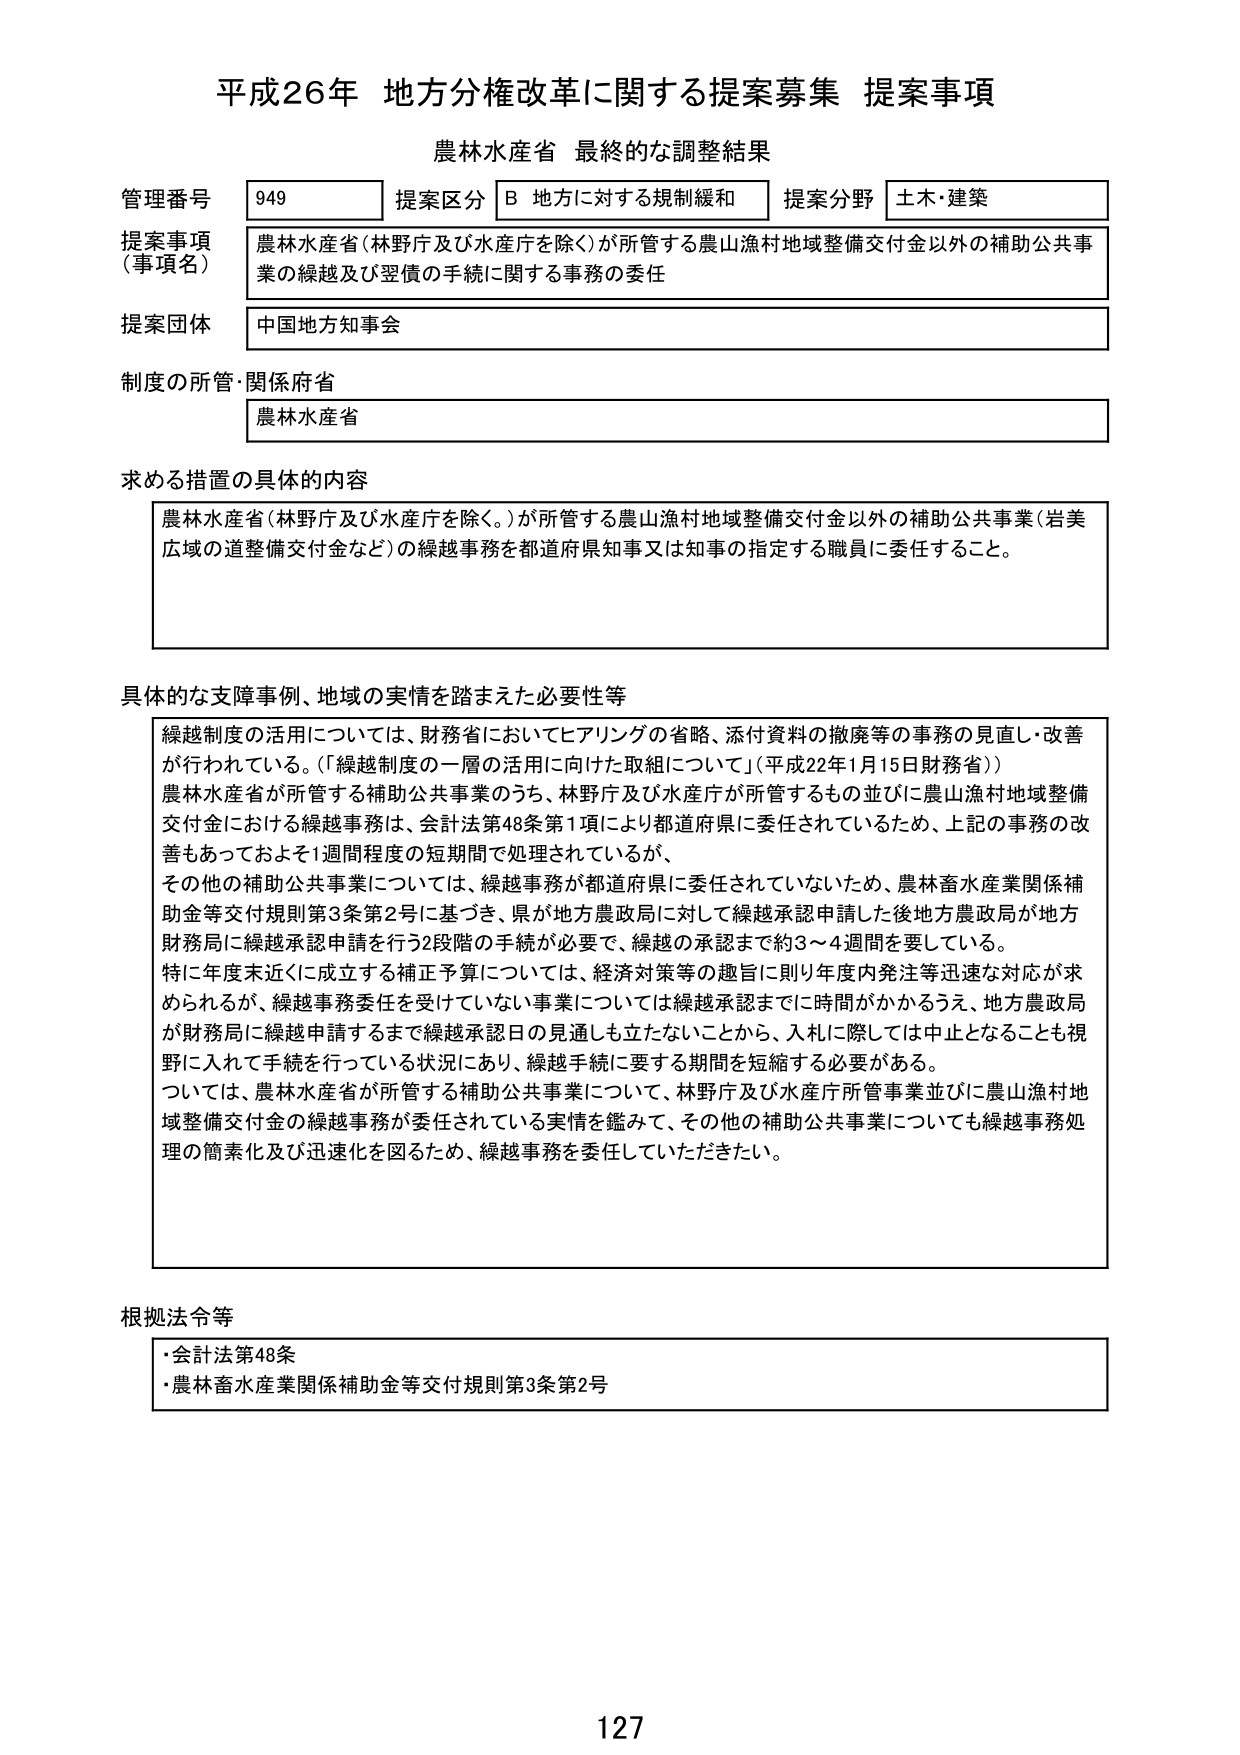
平成26年 地方分権改革に関する提案募集 提案事項
農林水産省 最終的な調整結果

管理番号 949
提案区分 B 地方に対する規制緩和
提案分野 土木・建築

提案事項（事項名）
農林水産省（林野庁及び水産庁を除く）が所管する農山漁村地域整備交付金以外の補助公共事業の縦越及び翌債の手続に関する事務の委任

提案団体
中国地方知事会

制度の所管・関係府省
農林水産省

求める措置の具体的内容
農林水産省（林野庁及び水産庁を除く。）が所管する農山漁村地域整備交付金以外の補助公共事業（岩美広域の道整備交付金など）の縦越事務を都道府県知事又は知事の指定する職員に委任すること。

具体的な支障事例、地域の実情を踏まえた必要性等
縦越制度の活用については、財務省においてヒアリングの省略、添付資料の撤廃等の事務の見直し・改善が行われている。（「縦越制度の一層の活用に向けた取組について」（平成22年1月15日財務省））
農林水産省が所管する補助公共事業のうち、林野庁及び水産庁が所管するもの並びに農山漁村地域整備交付金における縦越事務は、会計法第48条第1項により都道府県に委任されているため、上記の事務の改善もあっておよそ1週間程度の短期間で処理されているが、
その他の補助公共事業については、縦越事務が都道府県に委任されていないため、農林畜水産業関係補助金等交付規則第3条第2号に基づき、県が地方農政局に対して縦越承認申請した後地方農政局が地方財務局に縦越承認申請を行う2段階の手続が必要で、縦越の承認まで約3～4週間を要している。
特に年度末近くに成立する補正予算については、経済対策等の趣旨に則り年度内発注等迅速な対応が求められるが、縦越事務委任を受けていない事業については縦越承認までに時間がかかるうえ、地方農政局が財務局に縦越申請するまで縦越承認日の見通しも立たないことから、入札に際しては中止となることも視野に入れて手続を行っている状況にあり、縦越手続に要する期間を短縮する必要がある。
ついては、農林水産省が所管する補助公共事業について、林野庁及び水産庁所管事業並びに農山漁村地域整備交付金の縦越事務が委任されている実情を鑑みて、その他の補助公共事業についても縦越事務処理の簡素化及び迅速化を図るため、縦越事務を委任していただきたい。

根拠法令等
・会計法第48条
・農林畜水産業関係補助金等交付規則第3条第2号

127